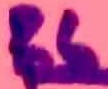
Text: R6